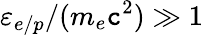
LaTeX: \varepsilon_{e/p}/(m_{e}\mathtt{c}^{2})\gg1